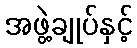
အဖွဲ့ချုပ်နှင့်